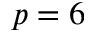
p = 6